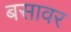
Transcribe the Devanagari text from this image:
बसावर